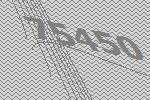
75450